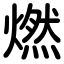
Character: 燃